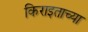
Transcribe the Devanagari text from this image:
किराइताच्या